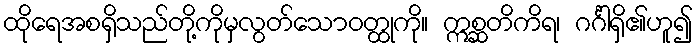
ထိုရေအစရှိသည်တို့ကိုမှလွတ်သောဝတ္ထုကို။ ဣစ္ဆတိကိရ၊ ဂင်္ဂါရှိ၏ဟူ၍